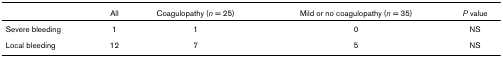
<table><thead><tr><td></td><td><b>All</b></td><td><b>Coagulopathy (<i>n </i>= 25)</b></td><td><b>Mild or no coagulopathy (<i>n </i>= 35)</b></td><td><b><i>P </i>value</b></td></tr></thead><tbody><tr><td>Severe bleeding</td><td>1</td><td>1</td><td>0</td><td>NS</td></tr><tr><td>Local bleeding</td><td>12</td><td>7</td><td>5</td><td>NS</td></tr></tbody></table>